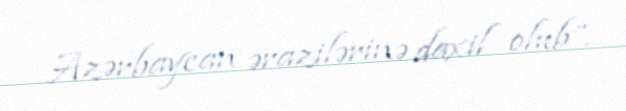
Azərbaycan ərazilərinə daxil olub”.